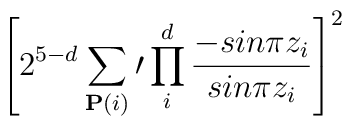
\left[2^{5-d}\sum_{{\bf P}(i)}\prime \prod^d_i {-sin\pi z_i \over sin \pi z_i}\right]^2